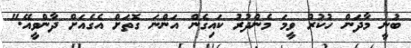
ބުނީ މާދަން ހުކުރު ވީމަ މެންދުރު ކައިގެން އަންނަ ގޮތަށް އެގެއަށް ދާންވީއޭ."